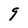
Character: 9